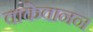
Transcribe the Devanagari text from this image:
वाकेवानन